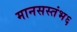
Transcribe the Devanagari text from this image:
मानसस्तंभ६